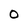
Character: o